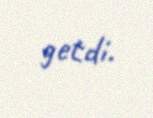
getdi.